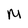
Character: M